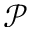
\mathscr { P }